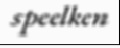
speelken